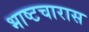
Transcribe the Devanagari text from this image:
भाष्टचारास